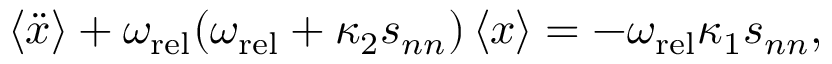
\langle \ddot { x } \rangle + \omega _ { \mathrm { r e l } } ( \omega _ { \mathrm { r e l } } + \kappa _ { 2 } s _ { n n } ) \left\langle x \right\rangle = - \omega _ { \mathrm { r e l } } \kappa _ { 1 } s _ { n n } ,